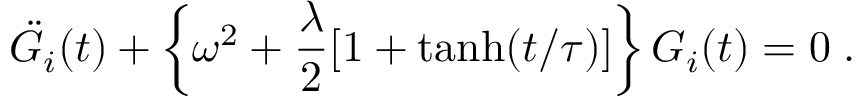
\ddot { G } _ { i } ( t ) + \left\{ \omega ^ { 2 } + \frac { \lambda } { 2 } [ 1 + \operatorname { t a n h } ( t / \tau ) ] \right\} G _ { i } ( t ) = 0 \; .